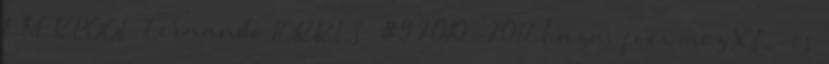
LIVERPOOL Fernando TORRES #9 2010-2012 hazai foci mez XL-es